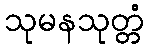
သုမနသုတ္တံ